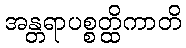
အန္တရာပစ္စတ္ထိကာတိ